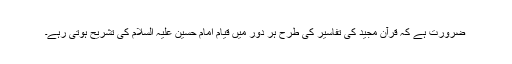
ضرورت ہے کہ قرآن مجید کی تفاسیر کی طرح ہر دور میں قیام امام حسین علیہ السلام کی تشریح ہوتی رہے۔